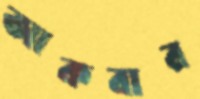
আকবার